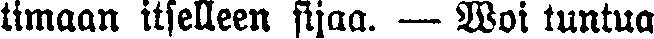
timaan itselleen sijaa. — Woi tuntua